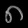
Digit: ၈